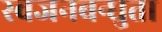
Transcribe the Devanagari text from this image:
स्वजनबन्धुता